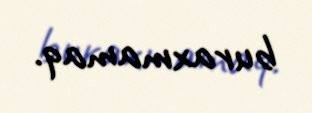
buraxmamaq.